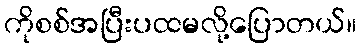
ကိုစစ်အပြီးပထမလို့ပြောတယ်။